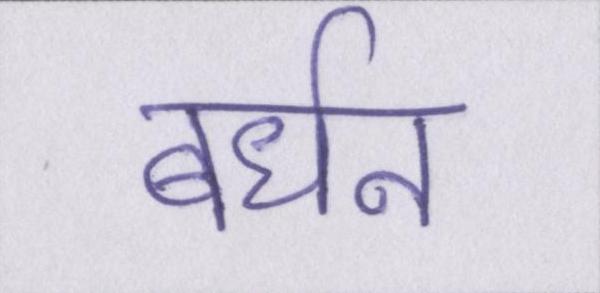
बर्धन